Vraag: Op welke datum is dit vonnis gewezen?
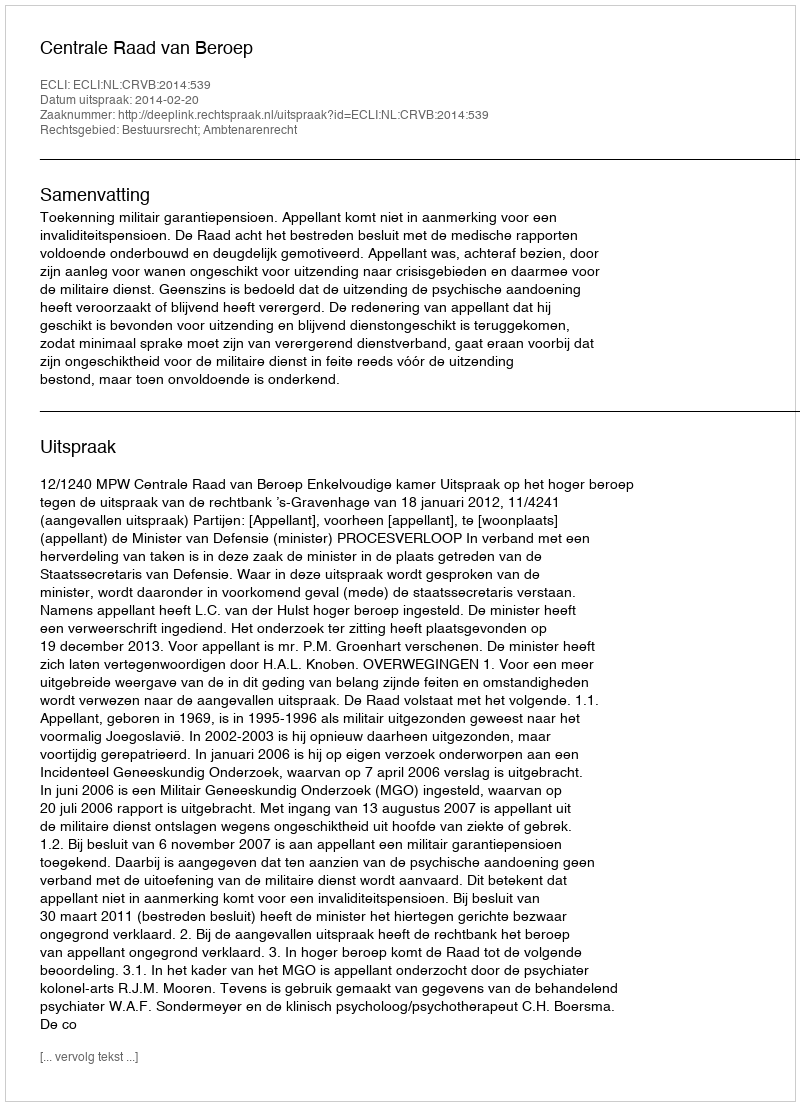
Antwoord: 2014-02-20